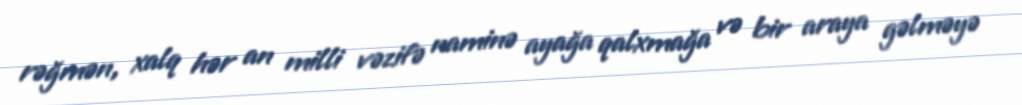
rəğmən, xalq hər an milli vəzifə naminə ayağa qalxmağa və bir araya gəlməyə